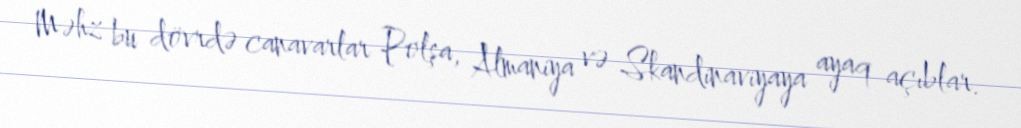
Məhz bu dövrdə canavarlar Polşa, Almaniya və Skandinaviyaya ayaq açıblar.